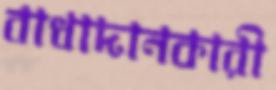
বাধাদানকারী